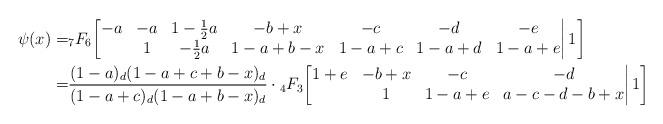
LaTeX: \begin{align*}\psi(x)=&{}_7F_6\bigg[\begin{matrix} -a&-a&1-\frac12a&-b+x&-c&-d&-e\\ &1&-\frac12a&1-a+b-x&1-a+c&1-a+d&1-a+e\end{matrix}\bigg|\,1\bigg]\\=&\frac{(1-a)_d(1-a+c+b-x)_d} {(1-a+c)_d(1-a+b-x)_d}\cdot{}_4F_3\bigg[\begin{matrix} 1+e&-b+x&-c&-d\\ &1&1-a+e&a-c-d-b+x\end{matrix}\bigg|\,1\bigg]\end{align*}